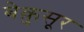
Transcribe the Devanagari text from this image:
बेक़ुसूर